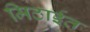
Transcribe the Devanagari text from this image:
मिठाईत